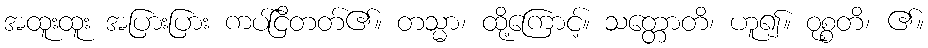
အထူးထူး အပြားပြား ကပ်ငြိတတ်၏။ တသ္မာ၊ ထို့ကြောင့်။ သတ္တောတိ၊ ဟူ၍။ ဝုစ္စတိ၊ ၏။